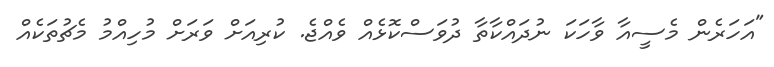
"އަހަރެން މެސީއާ ވާހަކަ ނުދައްކާތާ ދުވަސްކޮޅެއް ވެއްޖެ. ކުރިއަށް ވަރަށް މުހިއްމު މެޗުތަކެއް